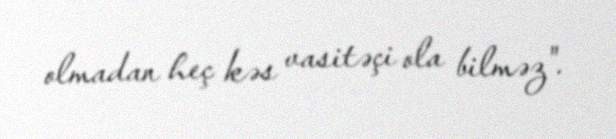
olmadan heç kəs vasitəçi ola bilməz".